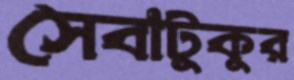
সেবাটুকুর